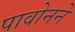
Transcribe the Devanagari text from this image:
पावोनने